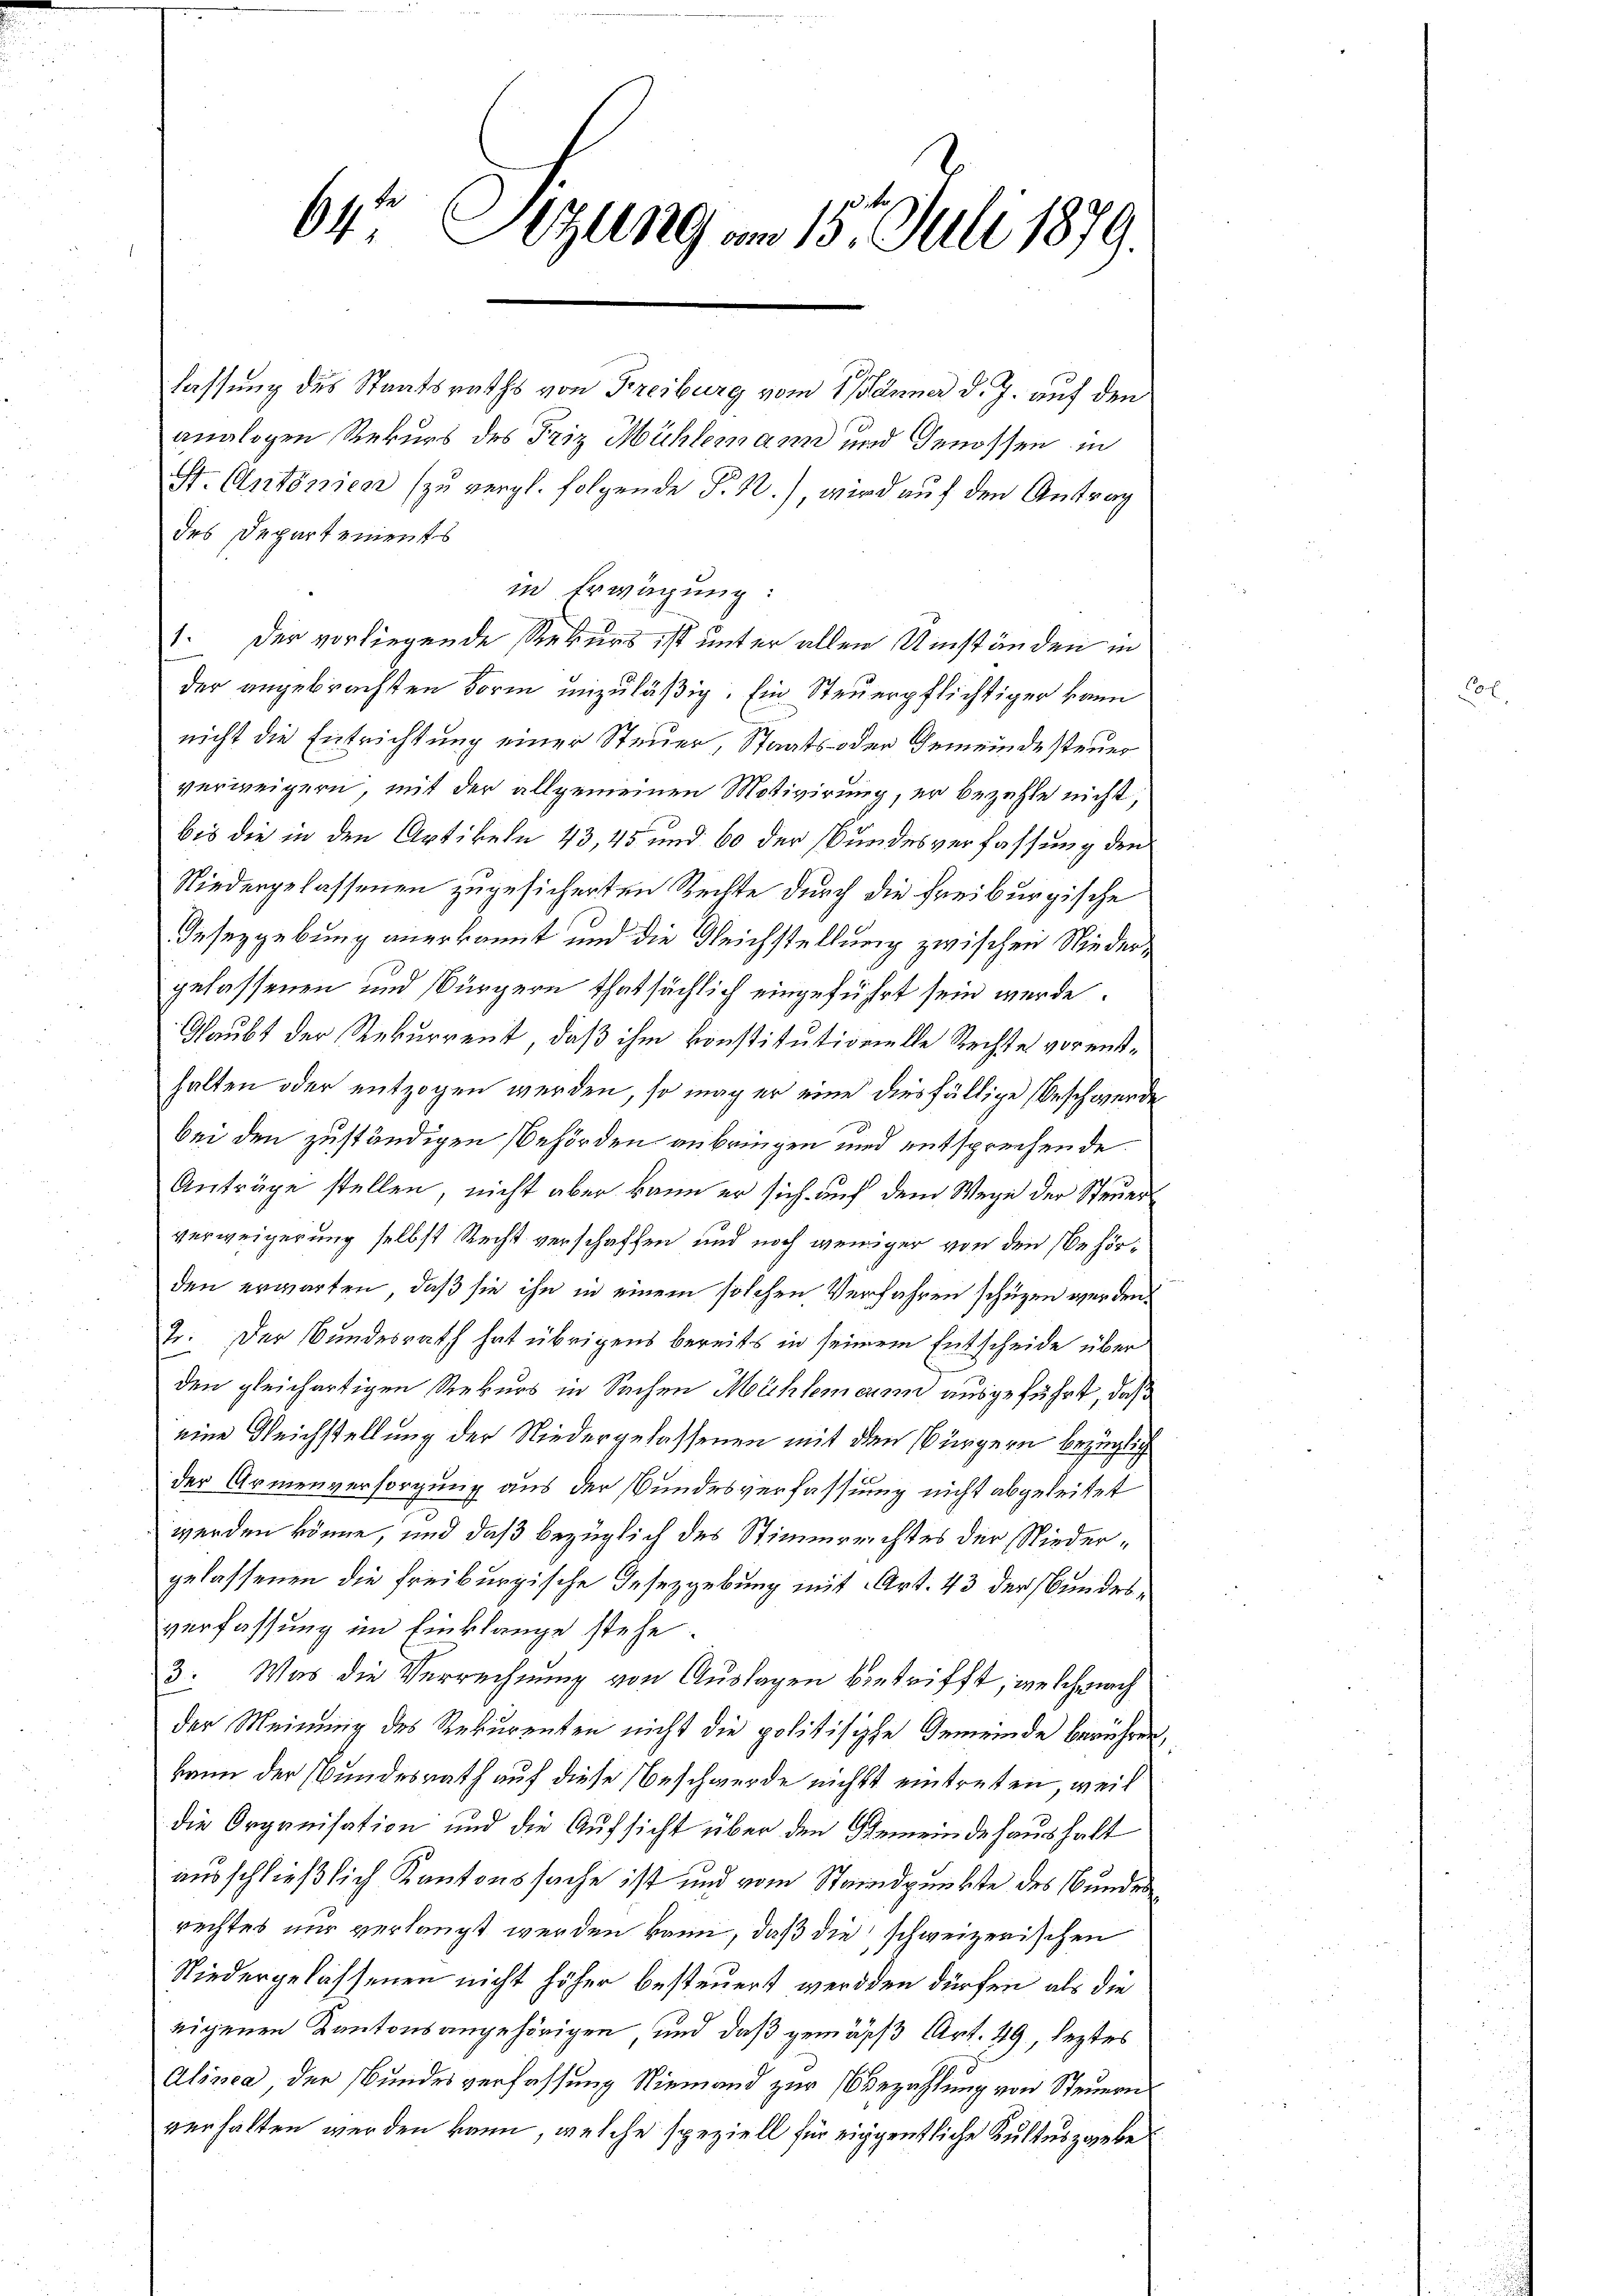
64 Stzung am 15. Juli 1879.

lassung des Staatsraths von Freiburg vom 1. Jänner d. J. auf den
analogen Rekurs des Friz Mühlemann und Genossen in
St. Antonien (zu vergl. folgende S. 22.), wird auf den Antrag
des Departements
in Erwägung:
1. Der vorliegende Rekurs ist unter allen Umständen in
der angebrachten Form unzuläßig. Ein Steuerpflichtiger kann
nicht die Entrichtung einer Steuer, Staats- oder Gemeindesteuer
verweigern, mit der allgemeinen Motivirung, er bezahle nicht,
bis die in den Artikeln 43, 45 und 60 der Bundesverfassung den
Niedergelassenen zugesicherten Rechte durch die Freiburgische
Gesezgebung anerkannt und die Gleichstellung zwischen Niedergelassenen und Bürgern thatsächlich eingeführt sein werde.
Glaubt der Rekurrent, daß ihm konstitutionelle Rechtes vor enthalten oder entzogen werden, so mag er eine diesfällige Beschwerde
bei den zuständigen Behörden anbringen und entsprechende
Anträge stellen, nicht aber kann er sich auf dem Wege der Steuerverweigerung selbst Recht verschaffen und noch weniger von den Behörden erwarten, daß sie ihn in einem solchen Verfahren schüzen werden,
2. Der Bundesrath hat übrigens bereits in seinem Entscheide über
den gleichartigen Rekurs in Sachen Mühlemann ausgeführt, daß
eine Reichstellung der Niedergelassenen mit den Bürgern bezüglich
der Armenversorgung aus der Bundesverfassung nicht abgeleitet
werden könne, und daß bezüglich des Stimmerichtes der Niedergelassenen die Freiburgische Insezgebung mit Art. 43 der Bundesverfassung im Einklange stehe.
3
Was die Verrechnung von Auslagen betrifft, welch nach
der Meinung des Rekurenten nicht die politisische Gemeinde berühren,
kann der Bundesrath auf diese Beschwerde nichts eintreten, weil
die Organisation und die Aufsicht über den Gemeindehaushalt
ausschließlich Kantonssache ist und vom Standpunkte des Bundes
rechtes nur verlangt werden kann, daß die schweizerischen
Niedergelassenen nicht höher besteuert werden dürfen, als die
eigenen Kantonsangehörigen, und daß gemäss Art. 49, leztes
Alinea der Bundesverfassung Niemand zur Bezahlung von Steuern
verhalten werden kann, welche speziell für eigentliche Kultuszgebe